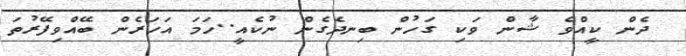
ދެން ކީއްވެ ޝާން ވަކި ގަހުން ބިނދެގެން ނުކެއީ..ހަމަ އަހަރެން ބޭއްވިފޭރުތަ